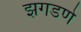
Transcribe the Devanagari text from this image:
झगडणे